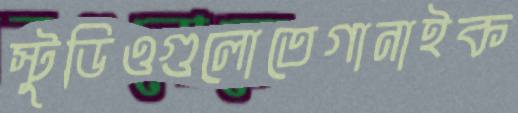
স্টুডিওগুলোতেগানাইক